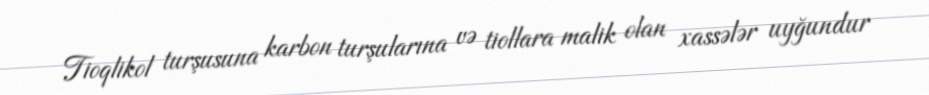
Tioqlikol turşusuna karbon turşularına və tiollara malik olan xassələr uyğundur